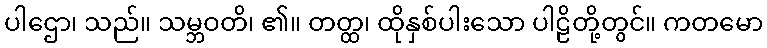
ပါဌော၊ သည်။ သမ္ဘဝတိ၊ ၏။ တတ္ထ၊ ထိုနှစ်ပါးသော ပါဠိတို့တွင်။ ကတမော